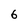
Character: 6